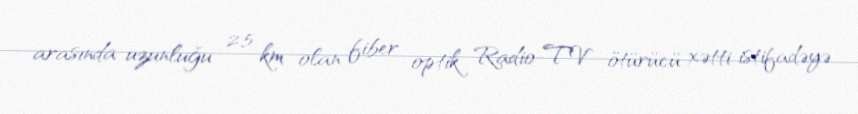
arasında uzunluğu 2,5 km olan fiber optik Radio-TV ötürücü xətti istifadəyə